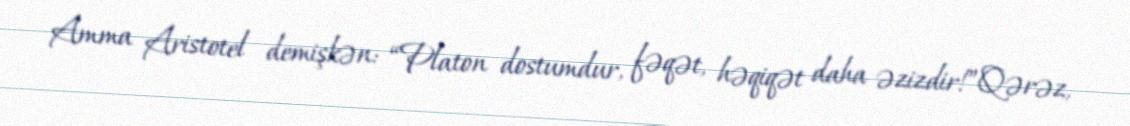
Amma Aristotel demişkən: “Platon dostumdur, fəqət, həqiqət daha əzizdir!”Qərəz,